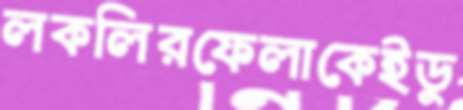
লকলিরফেলাকেইডু